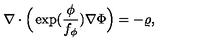
\nabla \cdot \Big ( \exp ( \frac { \phi } { f _ { \phi } } ) \nabla \Phi \Big ) = - \varrho ,